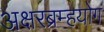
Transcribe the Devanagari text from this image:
अक्षरब्रम्हयोग